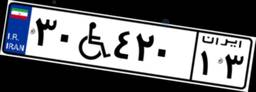
۳۰W۴۲۰۱۳